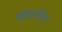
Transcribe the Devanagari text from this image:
षोडशीम्